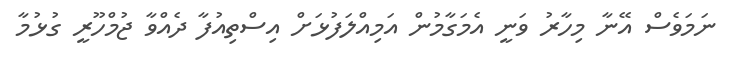
ނަމަވެސް އޭނާ މިހާރު ވަނީ އެމަގާމުން އަމިއްލަފުޅަށް އިސްތިއުފާ ދެއްވާ ޖުމްހޫރީ ގުޅުމާ